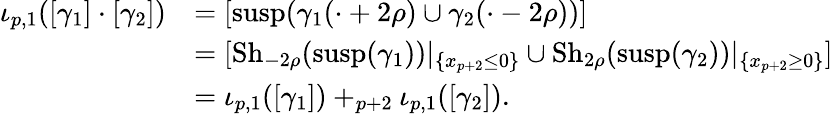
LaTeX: \begin{array}{rl}{\iota_{p,1}([\gamma_{1}]\cdot[\gamma_{2}])}&{=[\mathrm{susp}(\gamma_{1}(\cdot+2\rho)\cup\gamma_{2}(\cdot-2\rho))]}\\ &{=[{\mathrm{Sh}_{-2\rho}}(\mathrm{susp}(\gamma_{1}))|_{\{ x_{p+2}\leq 0\} }\cup{\mathrm{Sh}_{2\rho}}(\mathrm{susp}(\gamma_{2}))|_{\{ x_{p+2}\geq 0\} }]}\\ &{=\iota_{p,1}([\gamma_{1}])+_{p+2}\iota_{p,1}([\gamma_{2}]).}\end{array}